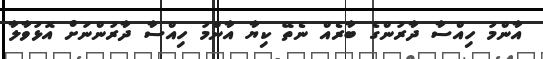
އާންމު ހިއްސާ ދާރުންގެ ބާރެއްް ނެތޭ ކިޔާ އާންމު ހިއްސާ ދާރުންނަށް އޮޅުވާލާ